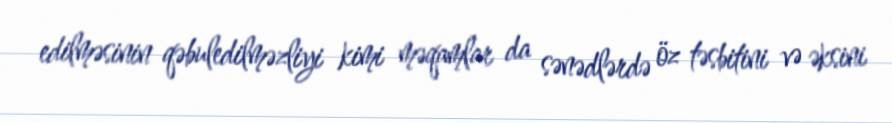
edilməsinin qəbuledilməzliyi kimi məqamlar da sənədlərdə öz təsbitini və əksini